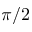
\pi / 2